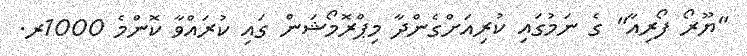
"ޔޫރޯ ފޯރިއާ" ގެ ނަމުގައި ކުރިއަށްގެންދާ މިޕްރޮމޯޝަން ގައި ކުރައްވާ ކޮންމެ 1000ރ.